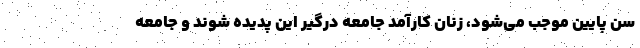
سن پایین موجب می‌شود، زنان کارآمد جامعه درگیر این پدیده شوند و جامعه